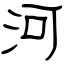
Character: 河